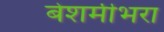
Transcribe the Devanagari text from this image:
बेशर्मीभरा